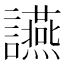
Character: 讌